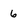
Character: 6